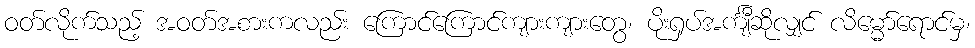
ဝတ်လိုက်သည့် အဝတ်အစားကလည်း ကြောင်ကြောင်ကျားကျားတွေ၊ ပိုးရှပ်အင်္ကျီဆိုလျှင် လိမ္မော်ရောင်မှ၊